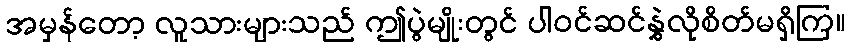
အမှန်တော့ လူသားများသည် ဤပွဲမျိုးတွင် ပါဝင်ဆင်နွှဲလိုစိတ်မရှိကြ။